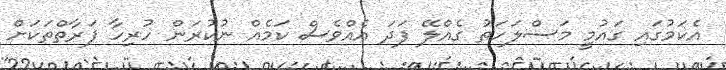
އެކަމުގައި ގައުމީ މަސްލަހަތު ގެއްލޭ ފަދަ އެއްވެސް ކަމެއް ނުކުރަން ހުރިހާ ފަރާތްތަކަށް